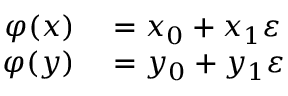
\begin{array} { r l } { \varphi ( x ) } & { { } = x _ { 0 } + x _ { 1 } \varepsilon } \\ { \varphi ( y ) } & { { } = y _ { 0 } + y _ { 1 } \varepsilon } \end{array}